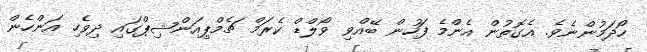
ހޯދަމުންނެވެ. އެގޮތުން އެންމެ ފަހުން ބޭއްވި ވޯލްޑް ކެރަމް ޗެމްޕިއަންޝިޕްގައި ދިވެހި އަންހެން